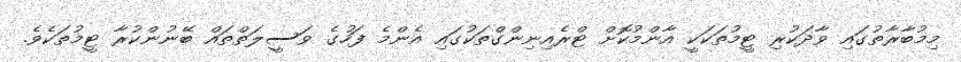
މިމުބާރާތުގައި ވާދަކުރި ޓީމުތަކަކީ އާންމުކޮށް ޓްރެއިނިންގްތަކުގައި އެންމެ ފަހުގެ ވަސީލަތްތައް ބޭނުންކުރާ ޓީމުތަކެވެ.